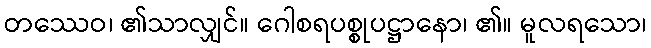
တဿေဝ၊ ၏သာလျှင်။ ဂေါစရပစ္စုပဋ္ဌာနော၊ ၏။ မူလရသော၊